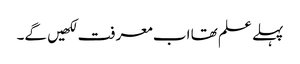
پہلے علم تھا اب معرفت لکھیں گے۔